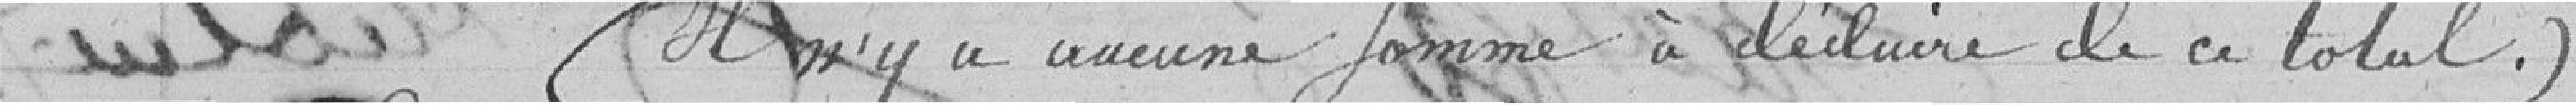
(Il n'y a aucune somme à déduire de ce total)